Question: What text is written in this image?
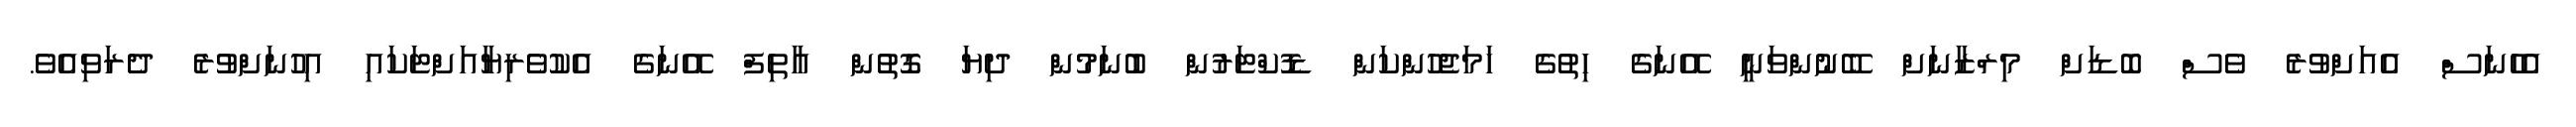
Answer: އެހެނަސް އެއަށްވުރެ ވެސް ބޮޑަށް މިރްޒާނަށް ބޭނުންވަނީ އޭނަގެ ހިތުގެ ހަމަޖެހުންކަން ޑޮކްޓަރުން ބުނަމުން ދިޔަ ގޮތުން އާތިފް އޭނަގެ އެކުވެރިޔާއަށްޓަކައި އިހުނަށްވުރެ ދެރަވިއެވެ.